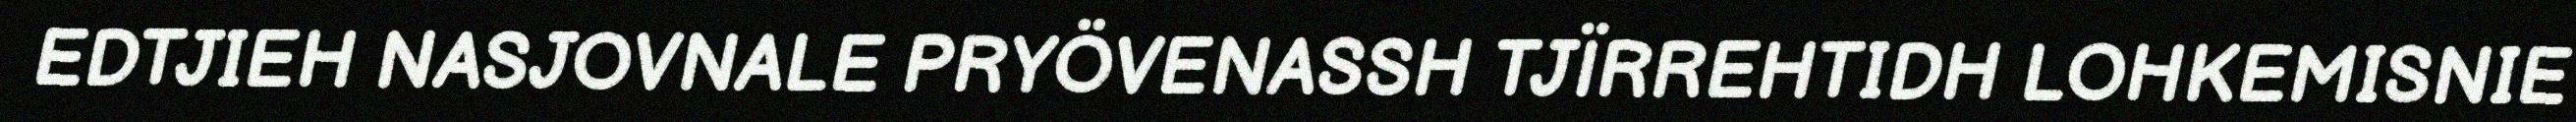
EDTJIEH NASJOVNALE PRYÖVENASSH TJÏRREHTIDH LOHKEMISNIE